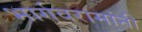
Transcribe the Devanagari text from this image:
भार्गवरामांनी